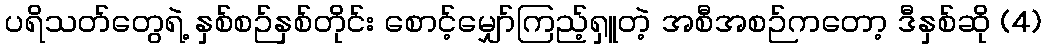
ပရိသတ်တွေရဲ့ နှစ်စဉ်နှစ်တိုင်း စောင့်မျှော်ကြည့်ရှူတဲ့ အစီအစဉ်ကတော့ ဒီနှစ်ဆို (4)